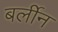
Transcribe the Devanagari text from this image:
बर्लीन